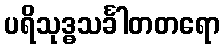
ပရိသုဒ္ဓသင်္ခါတတရော